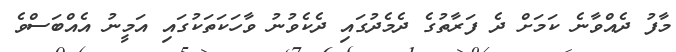
މާފު ދެއްވާނެ ކަމަށް ދެ ފަރާތުގެ ދެމެދުގައި ދެކެވުނު ވާހަކަތަކުގައި އަމީނު އެއްބަސްވެ